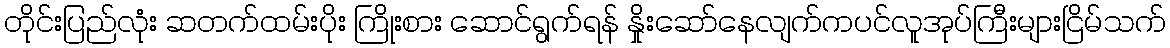
တိုင်းပြည်လုံး ဆတက်ထမ်းပိုး ကြိုးစား ဆောင်ရွက်ရန် နှိုးဆော်နေလျက်ကပင်လူအုပ်ကြီးများငြိမ်သက်